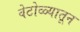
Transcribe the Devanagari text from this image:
वेटोळ्यातून